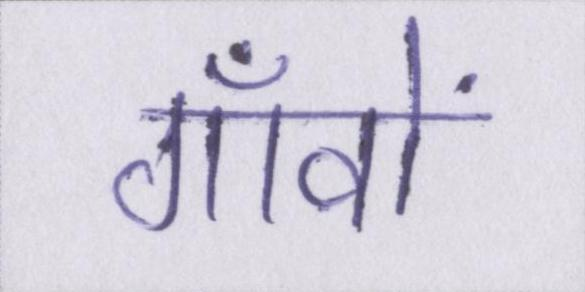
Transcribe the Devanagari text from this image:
गाँवों